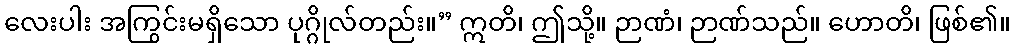
လေးပါး အကြွင်းမရှိသော ပုဂ္ဂိုလ်တည်း။” ဣတိ၊ ဤသို့။ ဉာဏံ၊ ဉာဏ်သည်။ ဟောတိ၊ ဖြစ်၏။